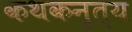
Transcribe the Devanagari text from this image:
कथकनृत्य